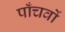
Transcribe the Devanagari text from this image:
पाँचवों